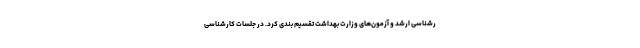
رشناسی ارشد و آزمون‌های وزارت بهداشت تقسیم بندی کرد. در جلسات کارشناسی